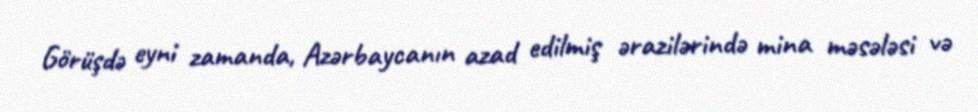
Görüşdə eyni zamanda, Azərbaycanın azad edilmiş ərazilərində mina məsələsi və